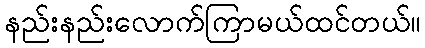
နည်းနည်းလောက်ကြာမယ်ထင်တယ်။